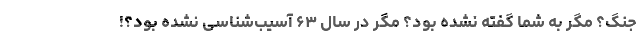
جنگ؟ مگر به شما گفته نشده بود؟ مگر در سال ۶۳ آسیب‌شناسی نشده بود؟!